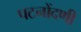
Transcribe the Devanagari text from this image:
पटनोंदणी